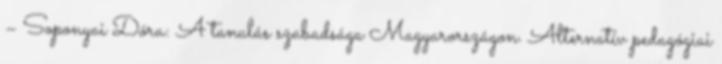
– Soponyai Dóra: A tanulás szabadsága Magyarországon. Alternatív pedagógiai